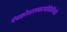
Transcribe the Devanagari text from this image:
पंचक्रोशात्मकज्योतिर्लिगहै।